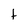
Character: t